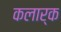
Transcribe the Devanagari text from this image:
कलार्क